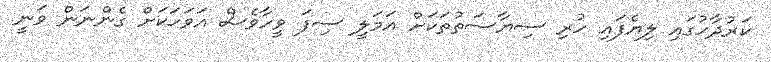
ކަރުދާހުގައި ލިޔެފައި ހުރި ސިޔާސަތުތަކަށް އަމަލީ ސިފަ ވީހާވެސް އަވަހަކަށް ގެންނަން ވަނީ